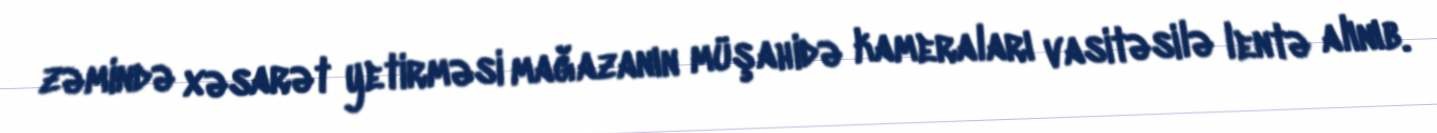
zəmində xəsarət yetirməsi mağazanın müşahidə kameraları vasitəsilə lentə alınıb.